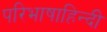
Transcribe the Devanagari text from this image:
परिभाषाहिन्दी